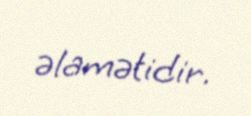
əlamətidir.